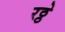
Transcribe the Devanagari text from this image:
रठ्ठे